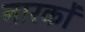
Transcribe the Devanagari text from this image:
नारकों